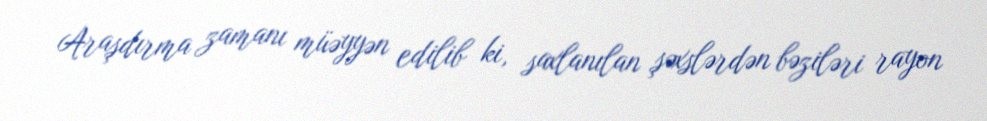
Araşdırma zamanı müəyyən edilib ki, saxlanılan şəxslərdən bəziləri rayon